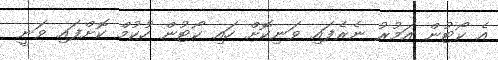
އެ ކޯޓުން އަމުރު ނެރެފައި ވަނިކޮށް ހައި ކޯޓުން ހުކުމް ކޮށްފައި ވަނީ